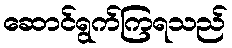
ဆောင်ရွက်ကြရသည်